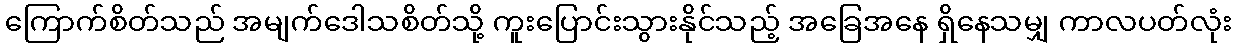
ကြောက်စိတ်သည် အမျက်ဒေါသစိတ်သို့ ကူးပြောင်းသွားနိုင်သည့် အခြေအနေ ရှိနေသမျှ ကာလပတ်လုံး